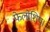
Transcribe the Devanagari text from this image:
फेलोशिप।